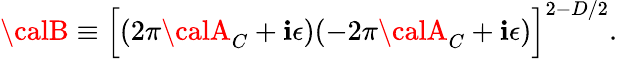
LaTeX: {\calB}\equiv\Bigl[(2\pi{\calA}_{C}+\mathbf{i}\epsilon)(-2\pi{\calA}_{C}+\mathbf{i}\epsilon)\Bigr]^{2-D/2}.